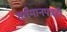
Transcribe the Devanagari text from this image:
वर्तमानपत्रही